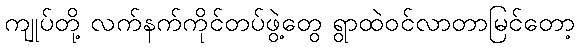
ကျုပ်တို့ လက်နက်ကိုင်တပ်ဖွဲ့တွေ ရွာထဲဝင်လာတာမြင်တော့